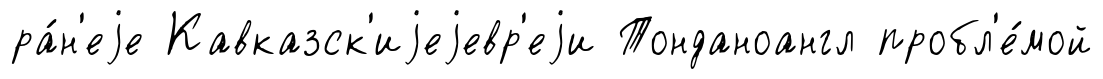
ра́н'еjе Кавказск'иjеjевр'еjи Тонданоангл пробл'е́мой